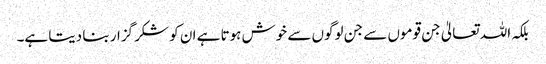
بلکہ اللہ تعالیٰ جن قوموں سے جن لوگوں سے خوش ہوتا ہے ان کو شکر گزار بنا دیتا ہے۔